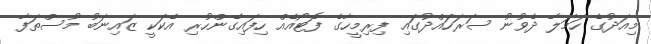
މިއަދުގެ ހަމަލާ ދެވުނު ސަރަހައްދުގައި ފިރިމީހާގެ ފޮޓޯއެއް ހިފައިގެންހުރި އެކަކީ ޒައިނަބު މުސްތަފާ